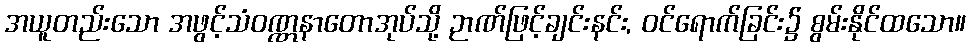
အယူတည်းသော အဖွင့်သံဝဏ္ဏနာတောအုပ်သို့ ဉာဏ်ဖြင့်ချင်းနင်း, ဝင်ရောက်ခြင်း၌ စွမ်းနိုင်ထသော။